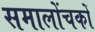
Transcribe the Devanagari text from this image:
समालोंचकों